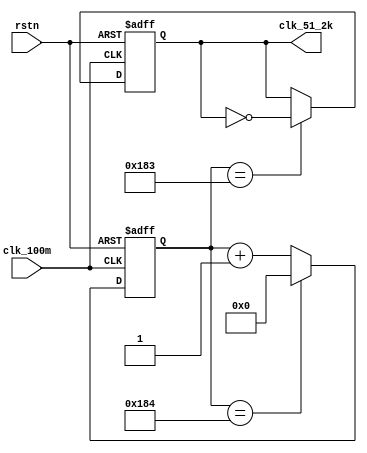
module clk_div (
           input clk_100m,//10ns
           input rstn,
           //output reg clk_10k,//100_000ns
           //output reg clk_20k,//50_000ns
           //output reg clk_30k,
           //output reg clk_100k,
           //output reg clk_500k,
           output reg clk_51_2k
       );

//reg [19: 0] cnt_10k;
//reg [19: 0] cnt_20k;
//reg [19: 0] cnt_30k;
//reg [19: 0] cnt_100k;
//reg [19: 0] cnt_500k;
reg [19: 0] cnt_51_2k;

/************************10k***************************
always @(posedge clk_100m or negedge rstn) begin
    if(!rstn) begin
        cnt_10k <= 0;
    end
    else begin
        if (cnt_10k == 20'd5000) begin
            cnt_10k <= 0;
        end
        else begin
            cnt_10k <= cnt_10k + 1'b1;
        end
    end
end
always @(posedge clk_100m or negedge rstn) begin
    if (!rstn) begin
        clk_10k <= 0;
    end
    else begin
        if (cnt_10k == 20'd5000 - 1'b1) begin
            clk_10k <= !clk_10k;
        end
        else begin
            clk_10k <= clk_10k;
        end
    end
end
/******************************************************/

/************************20k***************************
always @(posedge clk_100m or negedge rstn) begin
    if(!rstn) begin
        cnt_20k <= 0;
    end
    else begin
        if (cnt_20k == 20'd2500) begin
            cnt_20k <= 0;
        end
        else begin
            cnt_20k <= cnt_20k + 1'b1;
        end
    end
end
always @(posedge clk_100m or negedge rstn) begin
    if (!rstn) begin
        clk_20k <= 0;
    end
    else begin
        if (cnt_20k == 20'd2500 - 1'b1) begin
            clk_20k <= !clk_20k;
        end
        else begin
            clk_20k <= clk_20k;
        end
    end
end
/*****************************************************/

/************************30k***************************
always @(posedge clk_100m or negedge rstn) begin
    if(!rstn) begin
        cnt_30k <= 0;
    end
    else begin
        if (cnt_30k == 20'd1667) begin
            cnt_30k <= 0;
        end
        else begin
            cnt_30k <= cnt_30k + 1'b1;
        end
    end
end
always @(posedge clk_100m or negedge rstn) begin
    if (!rstn) begin
        clk_30k <= 0;
    end
    else begin
        if (cnt_30k == 20'd1667 - 1'b1) begin
            clk_30k <= !clk_30k;
        end
        else begin
            clk_30k <= clk_30k;
        end
    end
end
/*****************************************************/

/************************100k***************************
always @(posedge clk_100m or negedge rstn) begin
    if(!rstn) begin
        cnt_100k <= 0;
    end
    else begin
        if (cnt_100k == 20'd499) begin
            cnt_100k <= 0;
        end
        else begin
            cnt_100k <= cnt_100k + 1'b1;
        end
    end
end
always @(posedge clk_100m or negedge rstn) begin
    if (!rstn) begin
        clk_100k <= 0;
    end
    else begin
        if (cnt_100k == 20'd499 - 1'b1) begin
            clk_100k <= !clk_100k;
        end
        else begin
            clk_100k <= clk_100k;
        end
    end
end
/******************************************************/

/************************500k***************************
always @(posedge clk_100m or negedge rstn) begin
    if(!rstn) begin
        cnt_500k <= 0;
    end
    else begin
        if (cnt_500k == 20'd99) begin
            cnt_500k <= 0;
        end
        else begin
            cnt_500k <= cnt_500k + 1'b1;
        end
    end
end
always @(posedge clk_100m or negedge rstn) begin
    if (!rstn) begin
        clk_500k <= 0;
    end
    else begin
        if (cnt_500k == 20'd99 - 1'b1) begin
            clk_500k <= !clk_500k;
        end
        else begin
            clk_500k <= clk_500k;
        end
    end
end
/******************************************************/

/************************51_2k***************************/
always @(posedge clk_100m or negedge rstn) begin
    if(!rstn) begin
        cnt_51_2k <= 0;
    end
    else begin
        if (cnt_51_2k == 20'd388) begin//20'd973
            cnt_51_2k <= 0;
        end
        else begin
            cnt_51_2k <= cnt_51_2k + 1'b1;
        end
    end
end
always @(posedge clk_100m or negedge rstn) begin
    if (!rstn) begin
        clk_51_2k <= 0;
    end
    else begin
        if (cnt_51_2k == 20'd388 - 1'b1) begin//20'd973
            clk_51_2k <= !clk_51_2k;
        end
        else begin
            clk_51_2k <= clk_51_2k;
        end
    end
end
/******************************************************/

endmodule